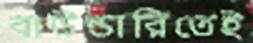
বাউন্ডারিতেই